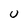
Character: U